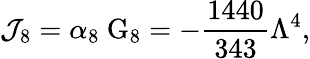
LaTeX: {\cal J}_{8}=\alpha_{8}~\mathrm{G}_{8}=-\frac{1440}{343}\Lambda^{4},